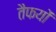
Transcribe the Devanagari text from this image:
तैफयों